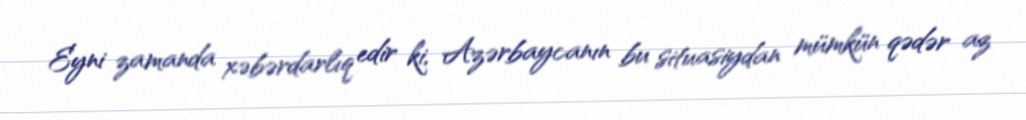
Eyni zamanda xəbərdarlıq edir ki, Azərbaycanın bu situasiydan mümkün qədər az